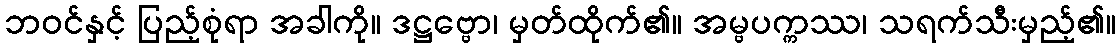
ဘဝင်နှင့် ပြည့်စုံရာ အခါကို။ ဒဋ္ဌဗ္ဗော၊ မှတ်ထိုက်၏။ အမ္ဗပက္ကဿ၊ သရက်သီးမှည့်၏။